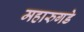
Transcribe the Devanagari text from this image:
महारुगडे